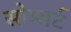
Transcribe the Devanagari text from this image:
सोम्बर्ट